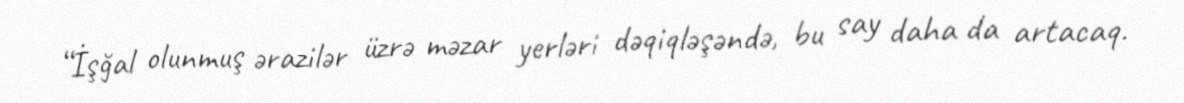
“İşğal olunmuş ərazilər üzrə məzar yerləri dəqiqləşəndə, bu say daha da artacaq.